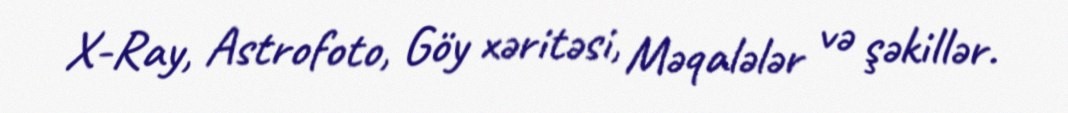
X-Ray, Astrofoto, Göy xəritəsi, Məqalələr və şəkillər.